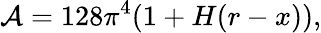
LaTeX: {\cal A}=128\pi^{4}(1+H(r-x)),